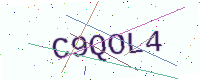
Text: C9QOL4